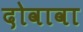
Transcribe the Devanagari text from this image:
दोवावा